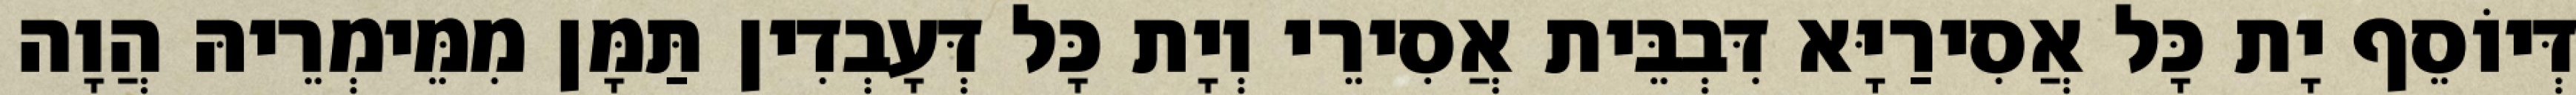
דְּיוֹסֵף יָת כָּל אֲסִירַיָּא דִּבְבֵּית אֲסִירֵי וְיָת כָּל דְּעָבְדִין תַּמָּן מִמֵּימְרֵיהּ הֲוָה